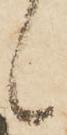
候